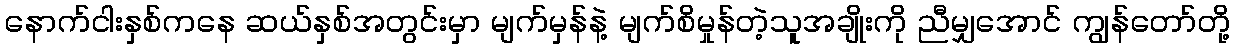
နောက်ငါးနှစ်ကနေ ဆယ်နှစ်အတွင်းမှာ မျက်မှန်နဲ့ မျက်စိမှုန်တဲ့သူအချိုးကို ညီမျှအောင် ကျွန်တော်တို့